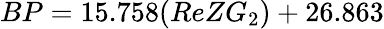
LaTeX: BP=15.758(ReZG_{2})+26.863